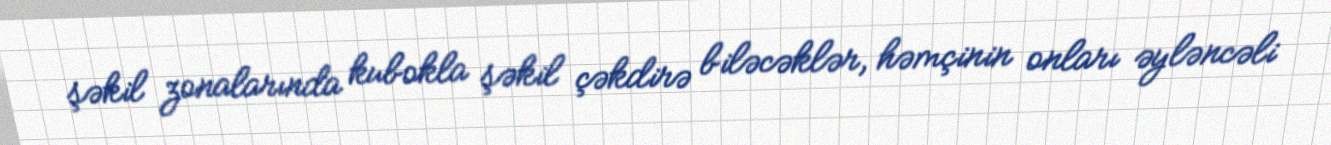
şəkil zonalarında kubokla şəkil çəkdirə biləcəklər, həmçinin onları əyləncəli